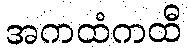
အကထံကထီ